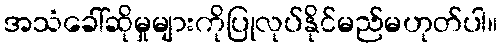
အသံခေါ်ဆိုမှုများကိုပြုလုပ်နိုင်မည်မဟုတ်ပါ။